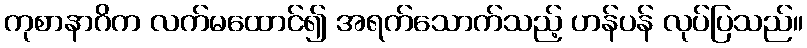
ကုစာနာဂိက လက်မထောင်၍ အရက်သောက်သည့် ဟန်ပန် လုပ်ပြသည်။